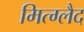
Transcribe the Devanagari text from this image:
मित्ग्लैद